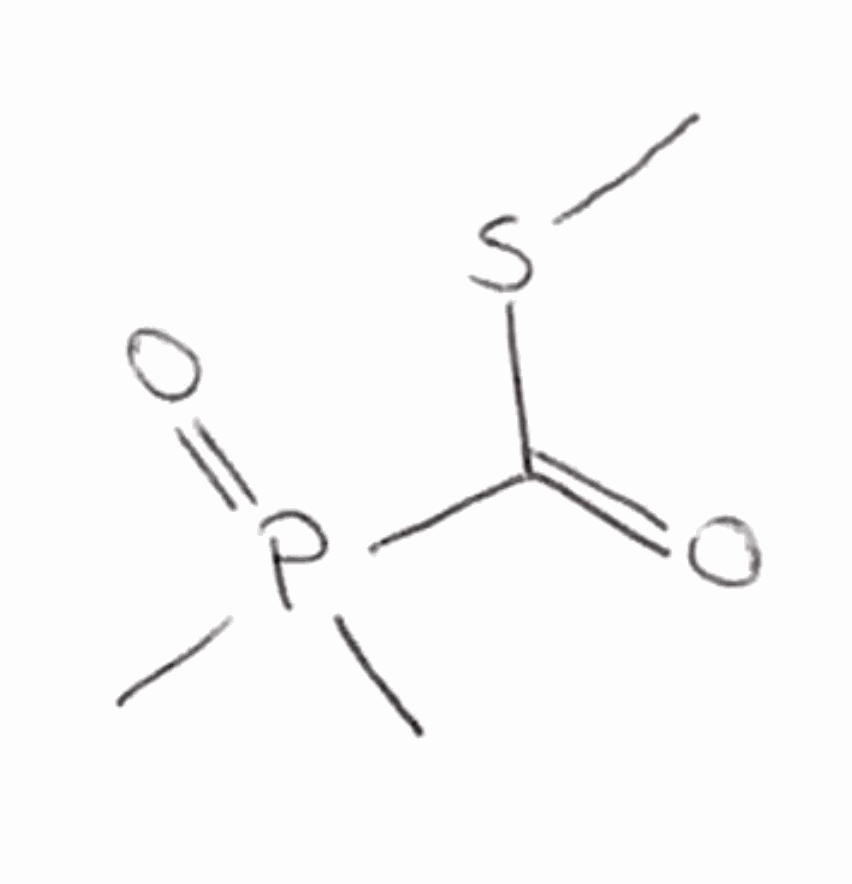
Simplified molecular-input line-entry system (SMILES) notation of the given molecule:
CP(=O)(C)C(=O)SC